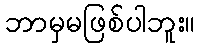
ဘာမှမဖြစ်ပါဘူး။